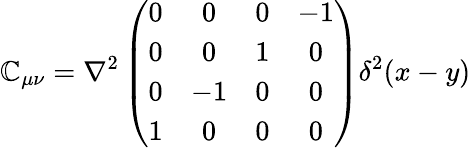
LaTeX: \mathbb{C}_{\mu\nu}=\nabla^{2}\left(\begin{array}{cccc}{{0}}&{{0}}&{{0}}&{{-1}}\\ {{0}}&{{0}}&{{1}}&{{0}}\\ {{0}}&{{-1}}&{{0}}&{{0}}\\ {{1}}&{{0}}&{{0}}&{{0}}\end{array}\right)\delta^{2}(x-y)